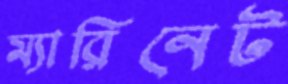
ম্যারিনেট